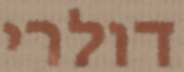
דולרי